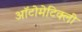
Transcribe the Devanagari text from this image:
ऑटोमेटिक्ली